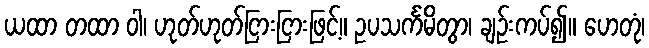
ယထာ တထာ ဝါ၊ ဟုတ်ဟုတ်ငြားငြားဖြင့်။ ဥပသင်္ကမိတွာ၊ ချဉ်းကပ်၍။ ဟေတုံ၊